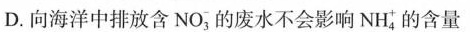
D.向海洋中排放含NO_{3}^{-}的废水不会影响NH_{4}^{+}的含量